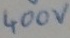
Text: 400V